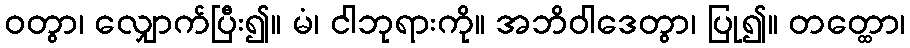
ဝတွာ၊ လျှောက်ပြီး၍။ မံ၊ ငါဘုရားကို။ အဘိဝါဒေတွာ၊ ပြု၍။ တတ္ထော၊